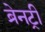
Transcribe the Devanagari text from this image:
ब्रेनट्री